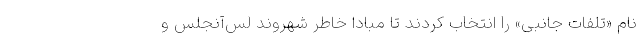
نام «تلفات جانبی» را انتخاب کردند تا مبادا خاطر شهروند لس‌آنجلس و